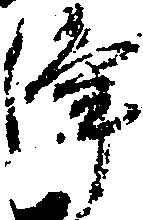
浄